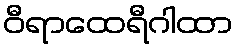
ဝီရာထေရီဂါထာ